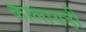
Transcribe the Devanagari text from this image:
कालायडी